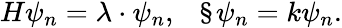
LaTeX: H\psi_{n}=\lambda\cdot\psi_{n},\ \ \ \S\psi_{n}=k\psi_{n}.